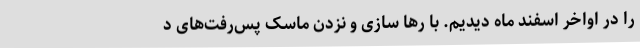
را در اواخر اسفند ماه دیدیم. با رها سازی و نزدن ماسک پس‌رفت‌های د